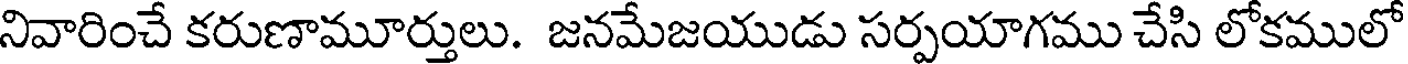
నివారించే కరుణామూర్తులు. జనమేజయుడు సర్పయాగము చేసి లోకములో